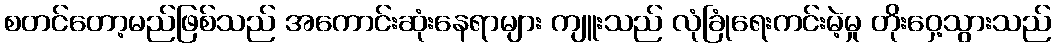
စတင်တော့မည်ဖြစ်သည် အကောင်းဆုံးနေရာများ ကျူးသည် လုံခြုံရေးကင်းမဲ့မှု တိုးဝှေ့သွားသည်